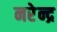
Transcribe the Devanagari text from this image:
नरेेन्द्र